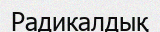
Радикалдық